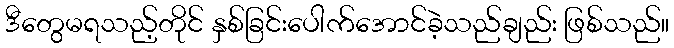
ဒီတွေမရသည့်တိုင် နှစ်ခြင်းပေါက်အောင်ခဲ့သည်ချည်း ဖြစ်သည်။